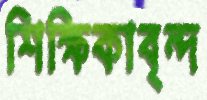
শিক্ষিকাবৃন্দ